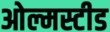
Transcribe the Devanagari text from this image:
ओल्मस्टीड